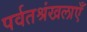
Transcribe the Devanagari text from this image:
पर्वतश्रंखलाएँ